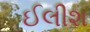
ઈલીશ